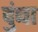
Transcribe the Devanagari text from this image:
दुंद्या